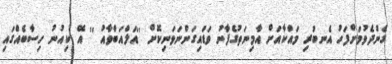
ގެންދެވުމަށްފަހު އެނބުރި މައްކާއަށް އާމިނަތުގެފާނު ވަޑައިގަންނަވަނިކޮށް ''އަލްއަބްވާއު '' އޭ ކިއުނު ހިސާބެއްގައި